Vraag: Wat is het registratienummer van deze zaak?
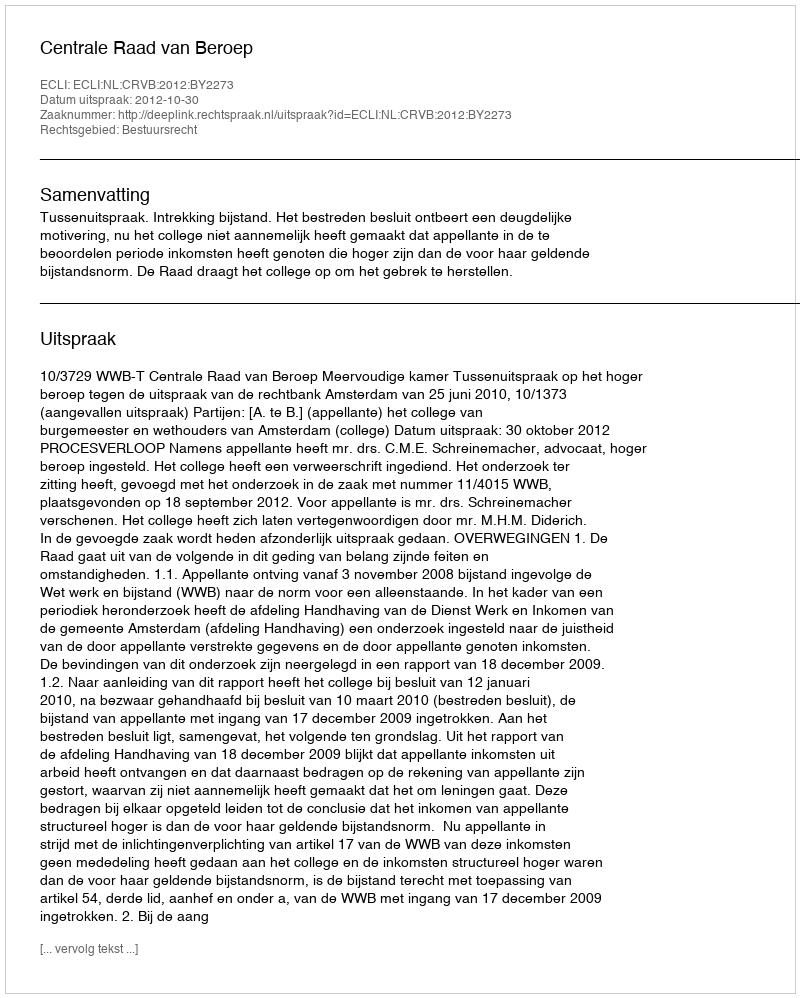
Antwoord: http://deeplink.rechtspraak.nl/uitspraak?id=ECLI:NL:CRVB:2012:BY2273